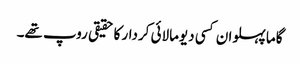
گاما پہلوان کسی دیومالائی کردار کا حقیقی روپ تھے۔